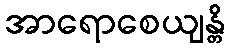
အာရောစေယျန္တိ